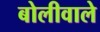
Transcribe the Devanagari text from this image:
बोलीवाले